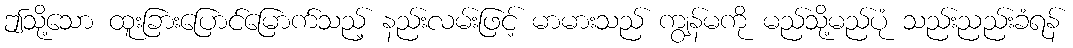
ဤသို့သော ထူးခြားပြောင်မြောက်သည့် နည်းလမ်းဖြင့် မာမားသည် ကျွန်မကို မည်သို့မည်ပုံ သည်းညည်းခံရန်